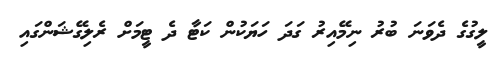
ލީގުގެ ދެވަނަ ބުރު ނިމޭއިރު ގަދަ ހަޔަކުން ކަޓާ ދެ ޓީމަށް ރެލިގޭޝަންގައި